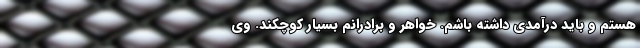
هستم و باید درآمدی داشته باشم. خواهر و برادرانم بسیار کوچکند. وی